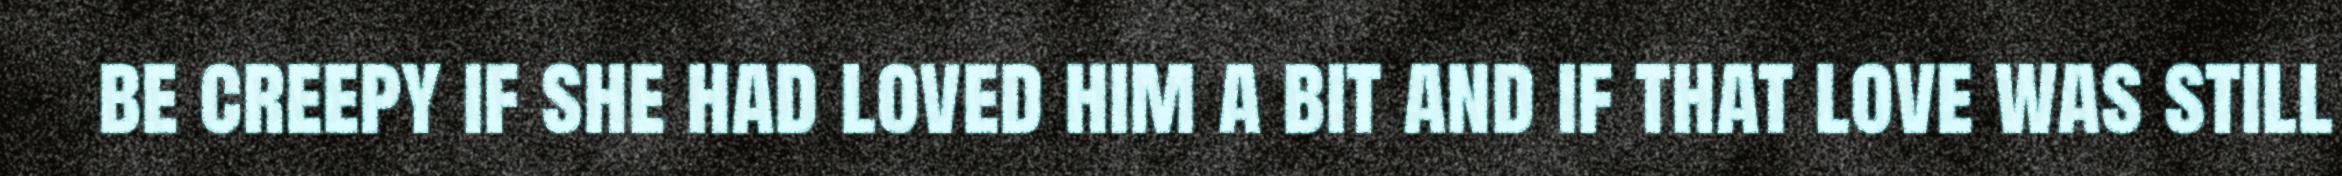
be creepy if she had loved him a bit and if that love was still